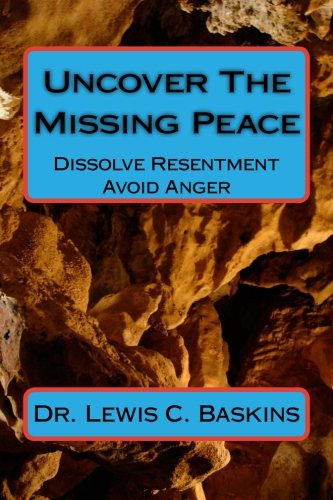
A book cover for Uncover The Missing Peace: How to Dissolve Resentment and Avoid Anger; Dr. Lewis C. Baskins; Self-Help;